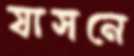
যাসনে